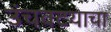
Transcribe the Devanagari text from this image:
उंचवटयाचा